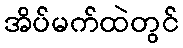
အိပ်မက်ထဲတွင်